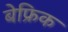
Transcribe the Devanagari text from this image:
बेफ्रिक